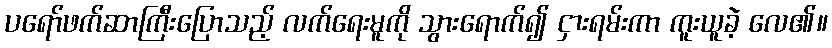
ပရော်ဖက်ဆာကြီးပြောသည့် လက်ရေးမူကို သွားရောက်၍ ငှားရမ်းကာ ကူးယူခဲ့ လေ၏။